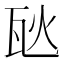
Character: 𪼸